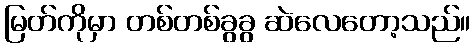
မြတ်ကိုမှာ တစ်တစ်ခွခွ ဆဲလေတော့သည်။